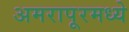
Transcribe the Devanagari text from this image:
अमरापूरमध्ये